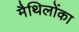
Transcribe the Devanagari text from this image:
मैथिलोंका